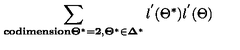
\sum _ { \bf { c o d i m e n s i o n } \Theta ^ { * } = 2 , \Theta ^ { * } \in \Delta ^ { * } } { l ^ { ' } ( \Theta ^ { * } ) l ^ { ' } ( \Theta ) }